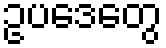
ဥပဒေတွေ